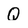
Character: Q